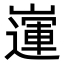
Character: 𡽅